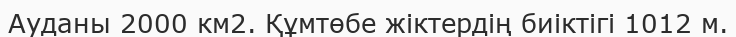
Ауданы 2000 км2. Құмтөбе жіктердің биіктігі 1012 м.